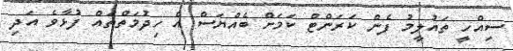
ސިއްހީ ތައުލީމު ފެން ކަރަންޓް ކަމަށް ބެއްޔަސް އެ ހިދުމަތްތައް ފުޅާވެ އަދި